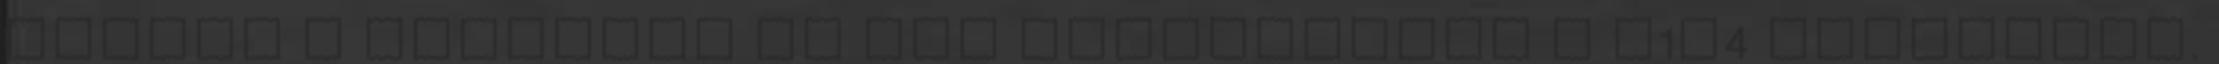
Elment a kocsiban én meg megkerestem a B1A4 öltözőjét.